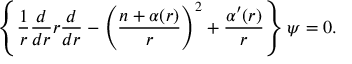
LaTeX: \left\{ \frac { 1 } { r } \frac { d } { d r } r \frac { d } { d r } - \left( \frac { n + \alpha ( r ) } { r } \right) ^ { 2 } + \frac { \alpha ^ { \prime } ( r ) } { r } \right\} \psi = 0 { } .